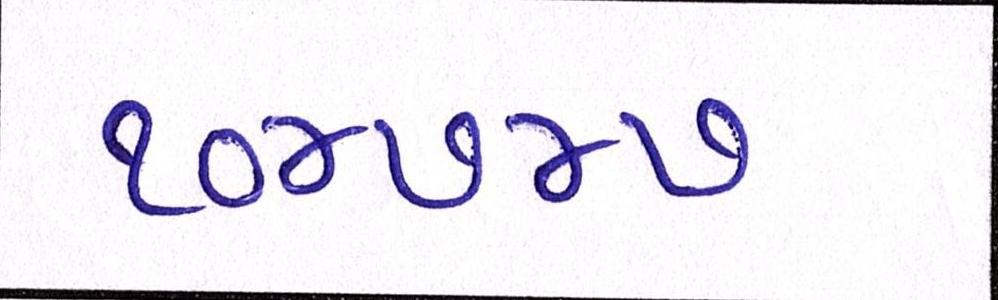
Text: ૧૦૪૭૪૭